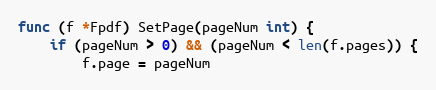
Language: Go
func (f *Fpdf) SetPage(pageNum int) {
	if (pageNum > 0) && (pageNum < len(f.pages)) {
		f.page = pageNum